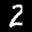
Label: 2